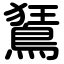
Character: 鵟